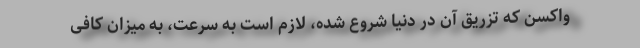
واکسن که تزریق آن در دنیا شروع شده، لازم است به سرعت، به میزان کافی